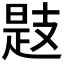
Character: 𢻖